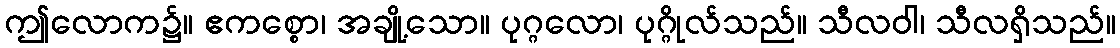
ဤလောက၌။ ဧကစ္စော၊ အချို့သော။ ပုဂ္ဂလော၊ ပုဂ္ဂိုလ်သည်။ သီလဝါ၊ သီလရှိသည်။